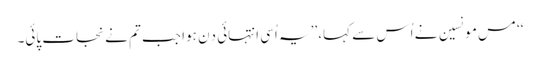
‘‘ مس مونسین نے اُس سے کہا، ’’یہ اُسی انتہائی دِن ہوا جب تم نے نجات پائی۔